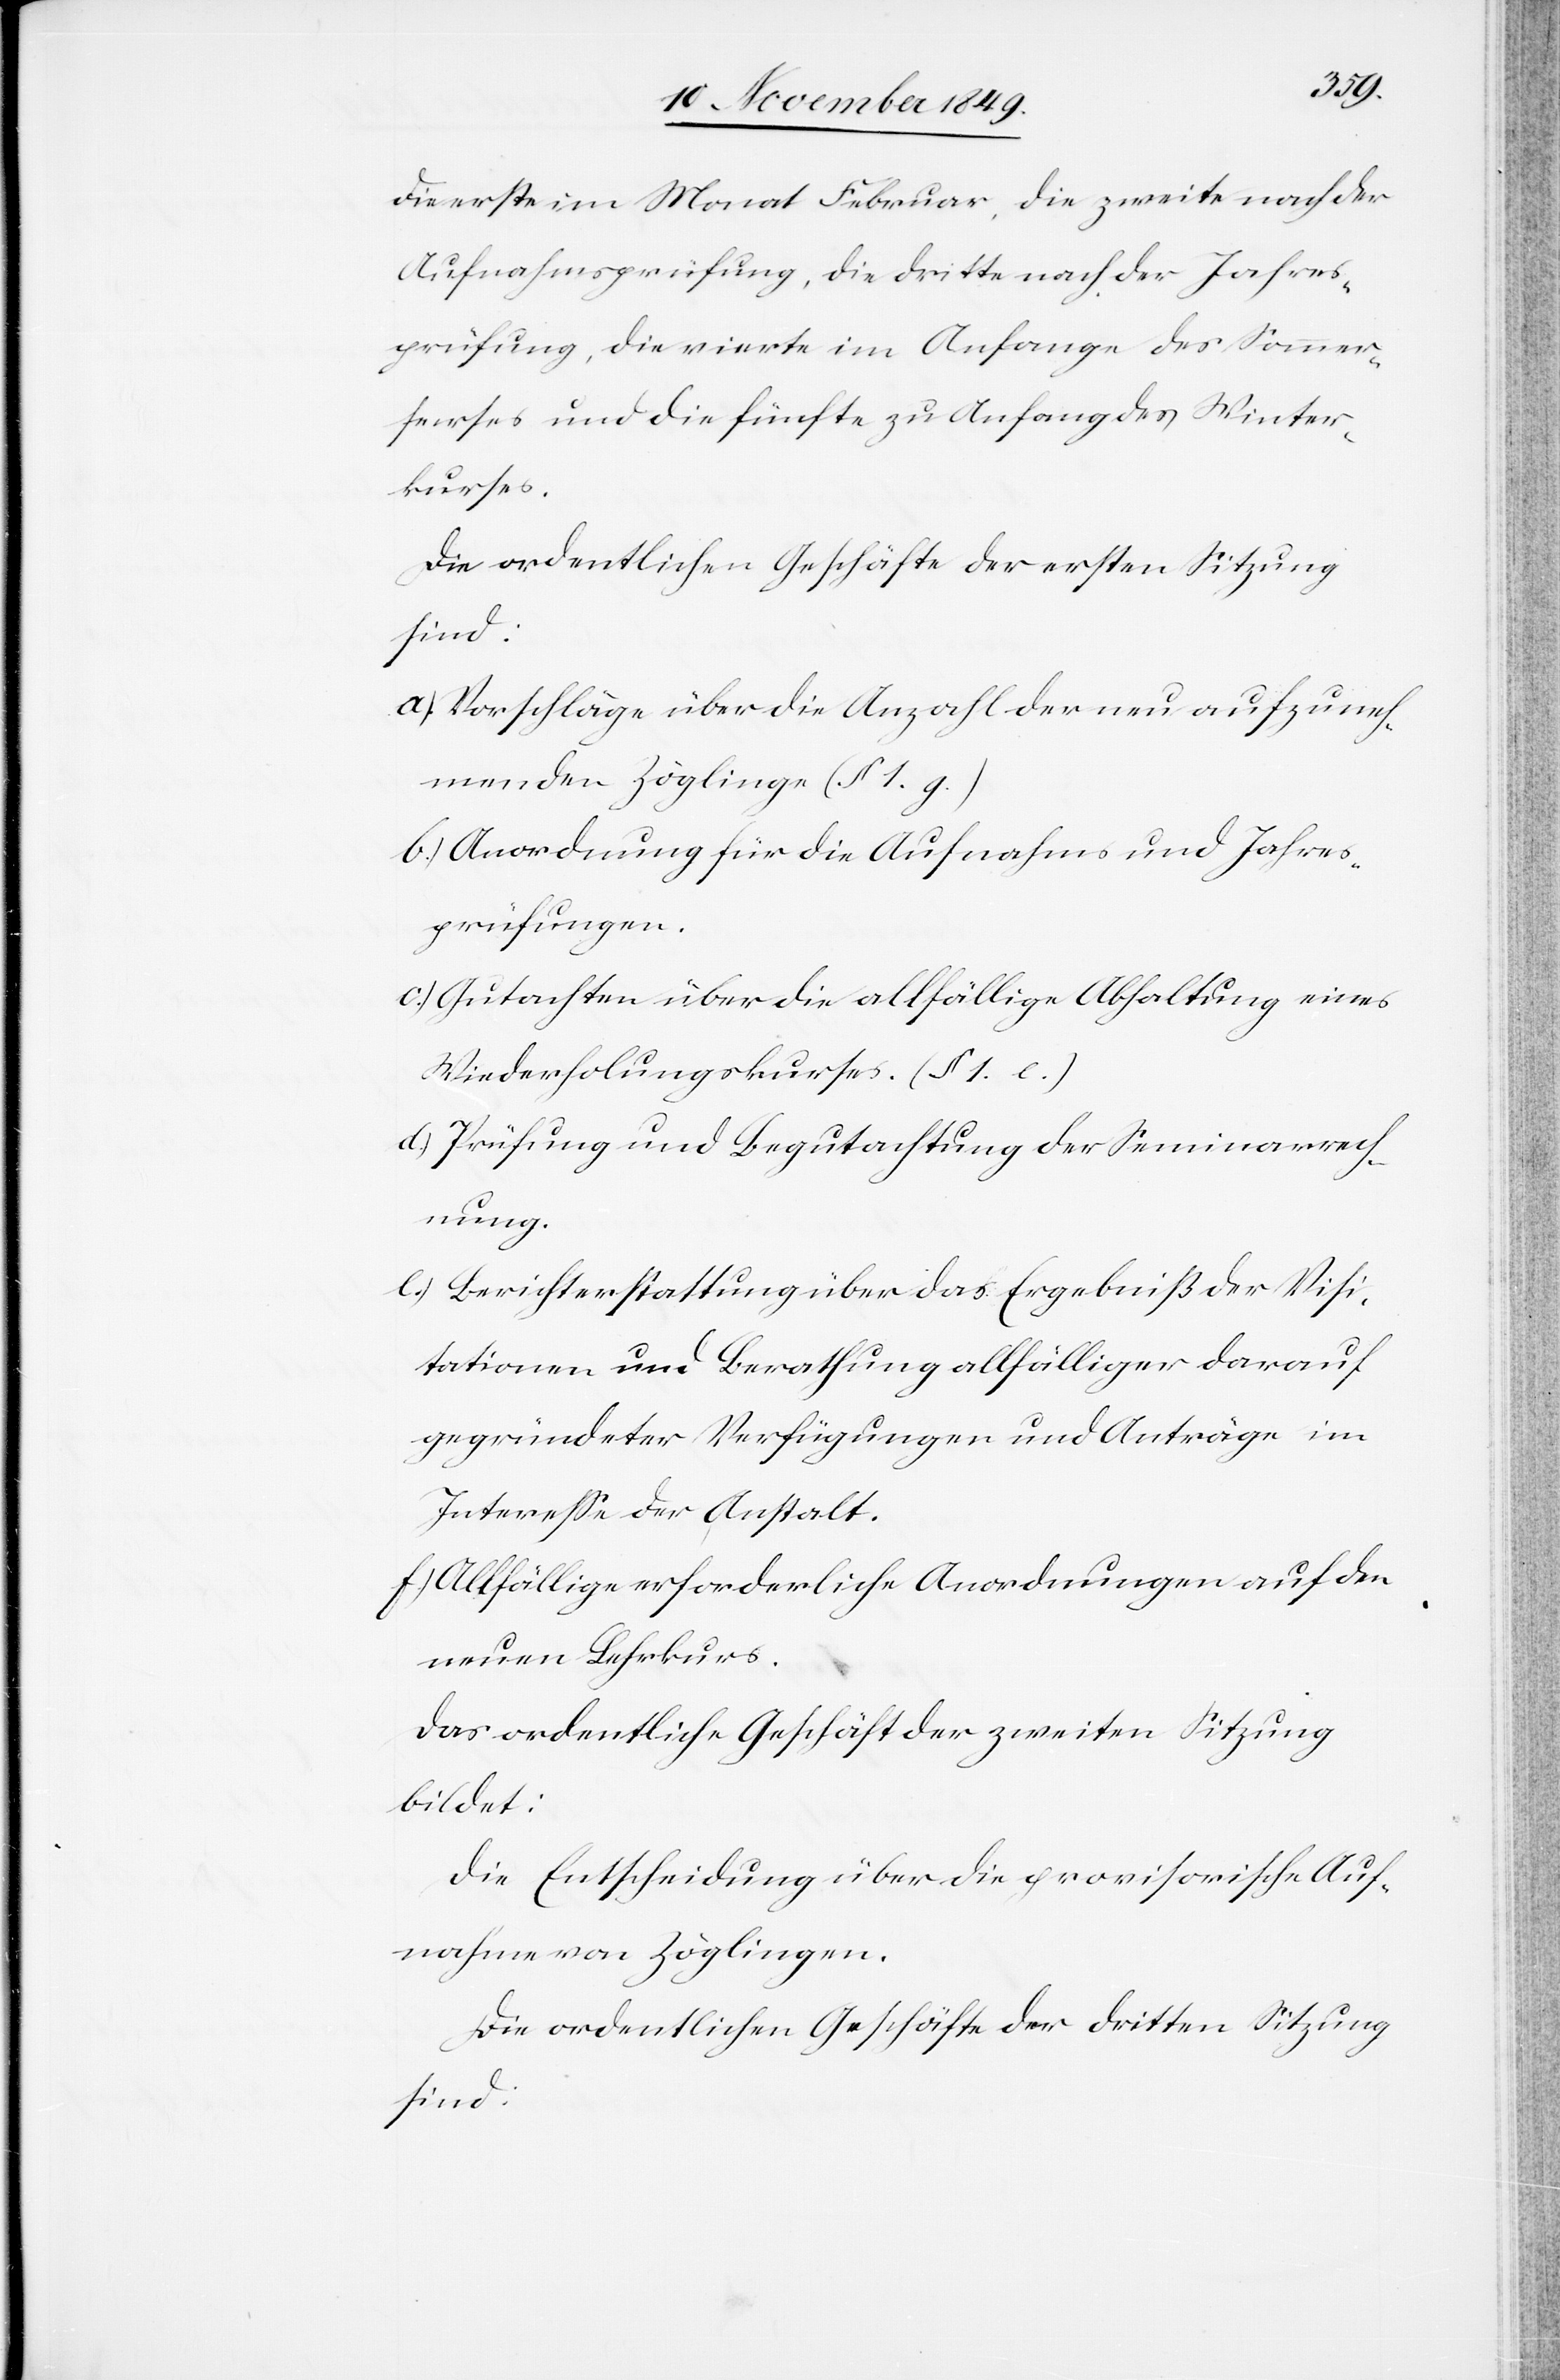
serses
die erste im Monat Februar, die zweite nach der
Aufnahmsprüfung, die dritte nach der Jahres¬
prüfung, die vierte im Anfange des Sommer¬
[sic!] und die fünfte zu Anfang des Winter¬
kurses.
Die ordentlichen Geschäfte der ersten Sitzung
sind:
a.) Vorschläge über die Anzahl der neu aufzuneh¬
menden Zöglinge (§ 1. g.)
b.) Anordnung für die Aufnahms und Jahres¬
prüfungen.
c.) Gutachten über die allfällige Abhaltung eines
Wiederholungskurses. (§ 1. c.)
d.) Prüfung und Begutachtung der Seminarrech¬
nung.
f.) Allfällige erforderliche Anordnungen auf den
neuen Lehrkurs.
Das ordentliche Geschäft der zweiten Sitzung
bildet:
Die Entscheidung über die provisorische Auf¬
nahme von Zöglingen.
Die ordentlichen Geschäfte der dritten Sitzung
sind: